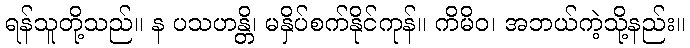
ရန်သူတို့သည်။ န ပသဟန္တိ၊ မနှိပ်စက်နိုင်ကုန်။ ကိမိဝ၊ အဘယ်ကဲ့သို့နည်း။